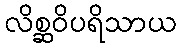
လိစ္ဆဝိပရိသာယ